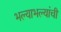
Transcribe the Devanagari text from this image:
भल्याभल्यांची